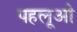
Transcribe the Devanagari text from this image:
पहलूओ